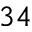
^ { 3 4 }